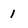
Character: 1